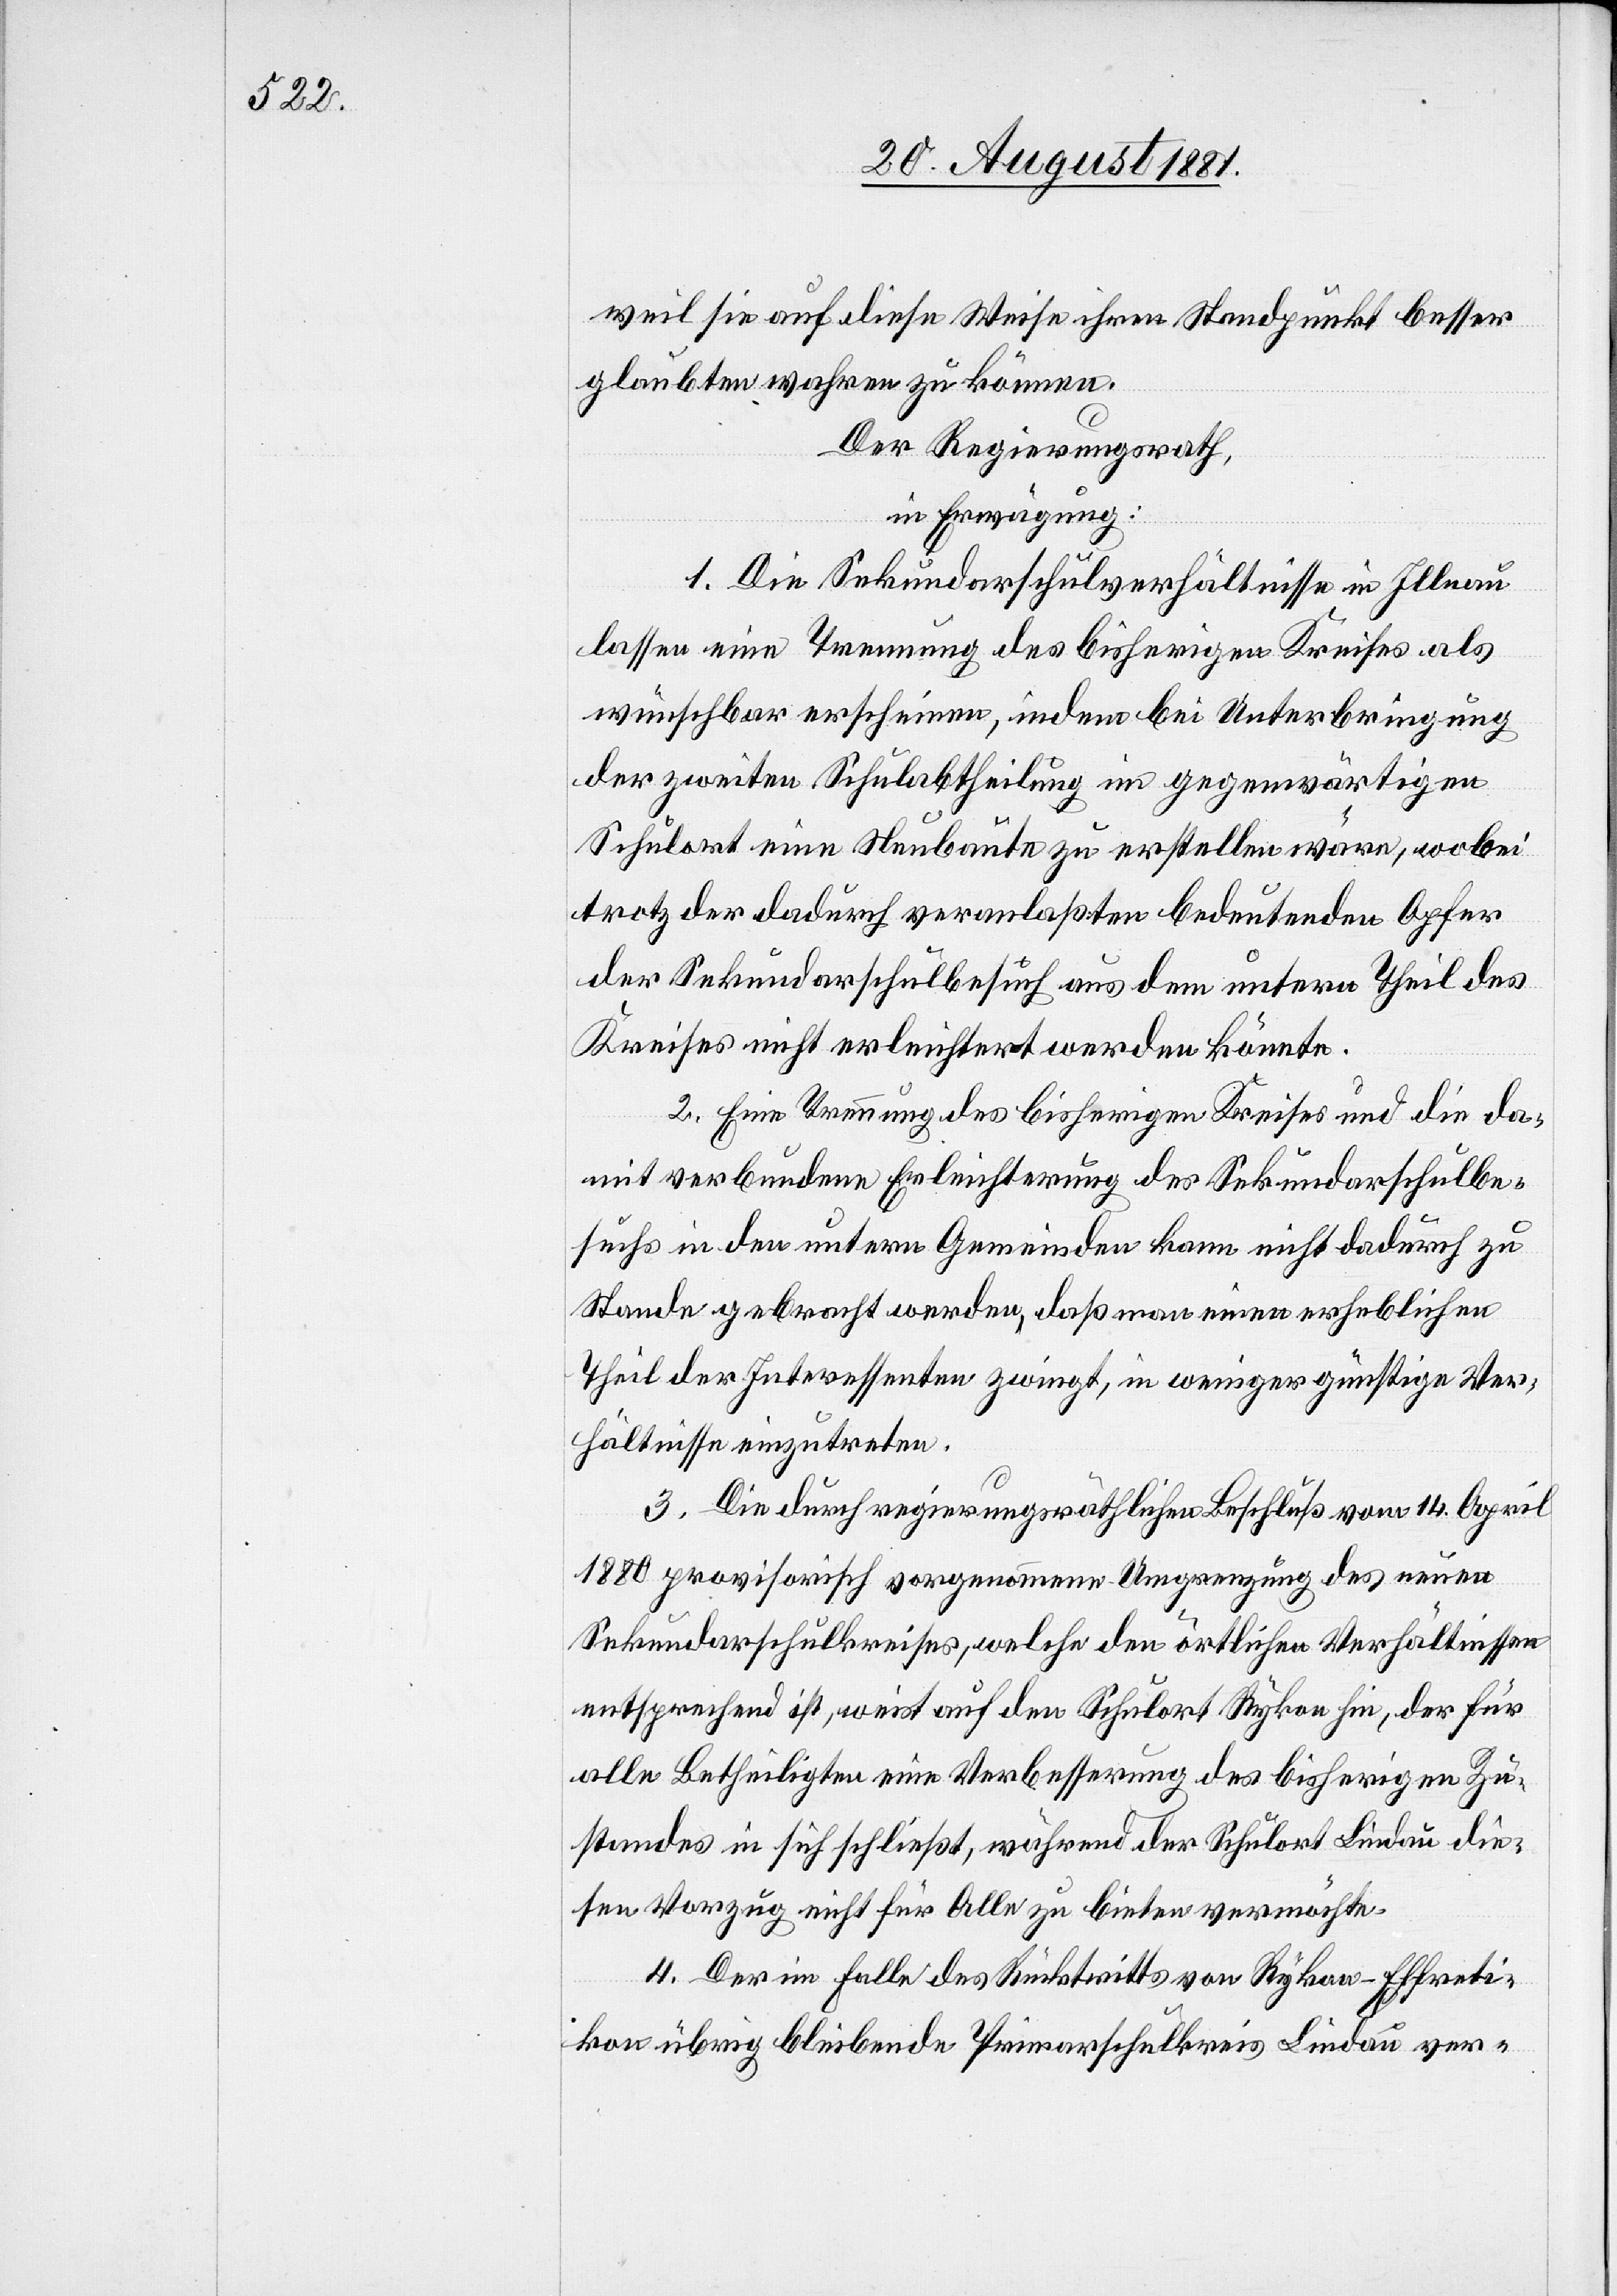
weil sie auf diese Weise ihren Standpunkt besser
glaubten wahren zu können.
Der Regierungsrath,
in Erwägung:
1. Die Sekundarschulverhältnisse in Illnau
lassen eine Trennung des bisherigen Kreises als
wünschbar erscheinen, indem bei Unterbringung
der zweiten Schulabtheilung im gegenwärtigen
Schulort eine Neubaute zu erstellen wäre, wobei
trotz der dadurch veranlaßten bedeutenden Opfer
der Sekundarschulbesuch aus dem untern Theil des
Kreises nicht erleichtert werden könnte.
2. Eine Trennung des bisherigen Kreises und die da¬
mit verbundene Erleichterung des Sekundarschulbe¬
suchs in den untern Gemeinden kann nicht dadurch zu
Stande gebracht werden, daß man einen erheblichen
Theil der Interessenten zwingt, in weniger günstige Ver¬
hältnisse einzutreten.
3. Die durch regierungsräthlichen Beschluß vom 14. April
1880 provisorisch vorgenommene Umgrenzung des neuen
Sekundarschulkreises, welche den örtlichen Verhältnissen
entsprechend ist, weist auf den Schulort Rykon hin, der für
alle Betheiligten eine Verbesserung des bisherigen Zu¬
standes in sich schließt, während der Schulort Lindau die¬
sen Vorzug nicht für Alle zu bieten vermöchte.
4. Der im Falle des Rücktritts von Rykon - Effreti¬
kon übrig bleibende Primarschulkreis Lindau ver-